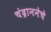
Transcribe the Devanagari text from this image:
चंद्राननेचे